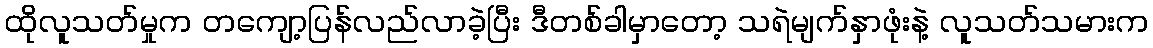
ထိုလူသတ်မှုက တကျော့ပြန်လည်လာခဲ့ပြီး ဒီတစ်ခါမှာတော့ သရဲမျက်နှာဖုံးနဲ့ လူသတ်သမားက